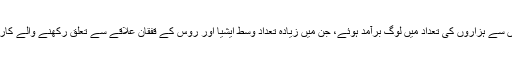
میٹرو اسٹیشنوں سے ہزاروں کی تعداد میں لوگ برآمد ہوئے، جن میں زیادہ تعداد وسط ایشیا اور روس کے قفقان علاقے سے تعلق رکھنے والے کارکنوں کی تھی۔